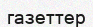
газеттер